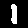
Label: 1